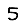
Digit: 5